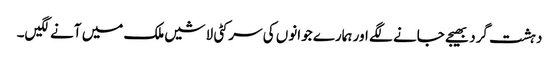
دہشت گرد بھیجے جانے لگے اور ہمارے جوانوں کی سر کٹی لاشیں ملک میں آنے لگیں۔